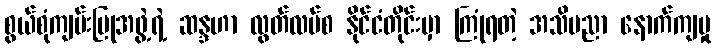
စွယ်စုံကျမ်းပြုအဖွဲ့ရဲ့ ဆန္ဒဟာ လွတ်လပ်စ နိုင်ငံတိုင်းမှာ ကြုံရတဲ့ အသိပညာ နောက်ကျမှု